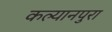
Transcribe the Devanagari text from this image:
कल्यानपुरा